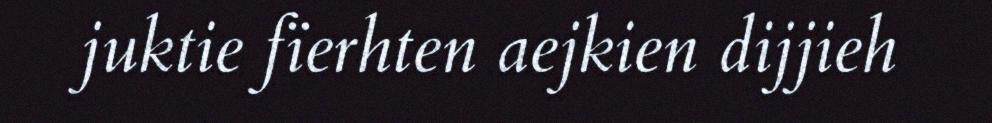
juktie fïerhten aejkien dijjieh